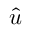
\boldsymbol { \hat { u } }